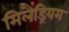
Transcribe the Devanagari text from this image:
मिलैंड्रियम